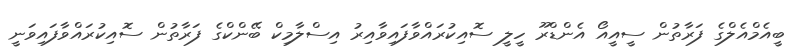
ބީއެމްއެލްގެ ފަރާތުން ސީއީއޯ އެންޑްރޫ ހީލީ ސޮއިކުރައްވާފައިވާއިރު އިސްލާމިކް ބޭންކްގެ ފަރާތުން ސޮއިކުރައްވާފައިވަނީ